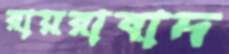
রায়রাবাদ